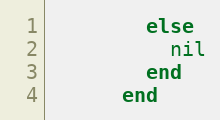
Language: Ruby
        else
          nil
        end
      end